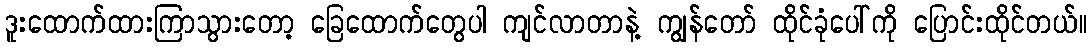
ဒူးထောက်ထားကြာသွားတော့ ခြေထောက်တွေပါ ကျင်လာတာနဲ့ ကျွန်တော် ထိုင်ခုံပေါ်ကို ပြောင်းထိုင်တယ်။